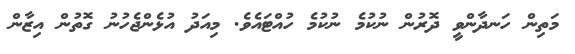
މަތިން ހަނދާންވީ ދޮރުން ނުކުމެ ނުކުމެ ހުއްޓައެވެ. މިއަދު އުޅެންޖެހުނު ގޮތުން އިޒާން